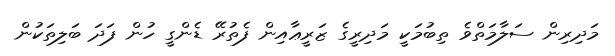
މަދިރިން ސަލާމަތްވެ ތިބުމަކީ މަދިރީގެ ޒަރީޢާއިން ފެތުރޭ ޑެންގީ ހުން ފަދަ ބަލިތަކުން